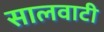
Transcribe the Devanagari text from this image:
सालवाटी